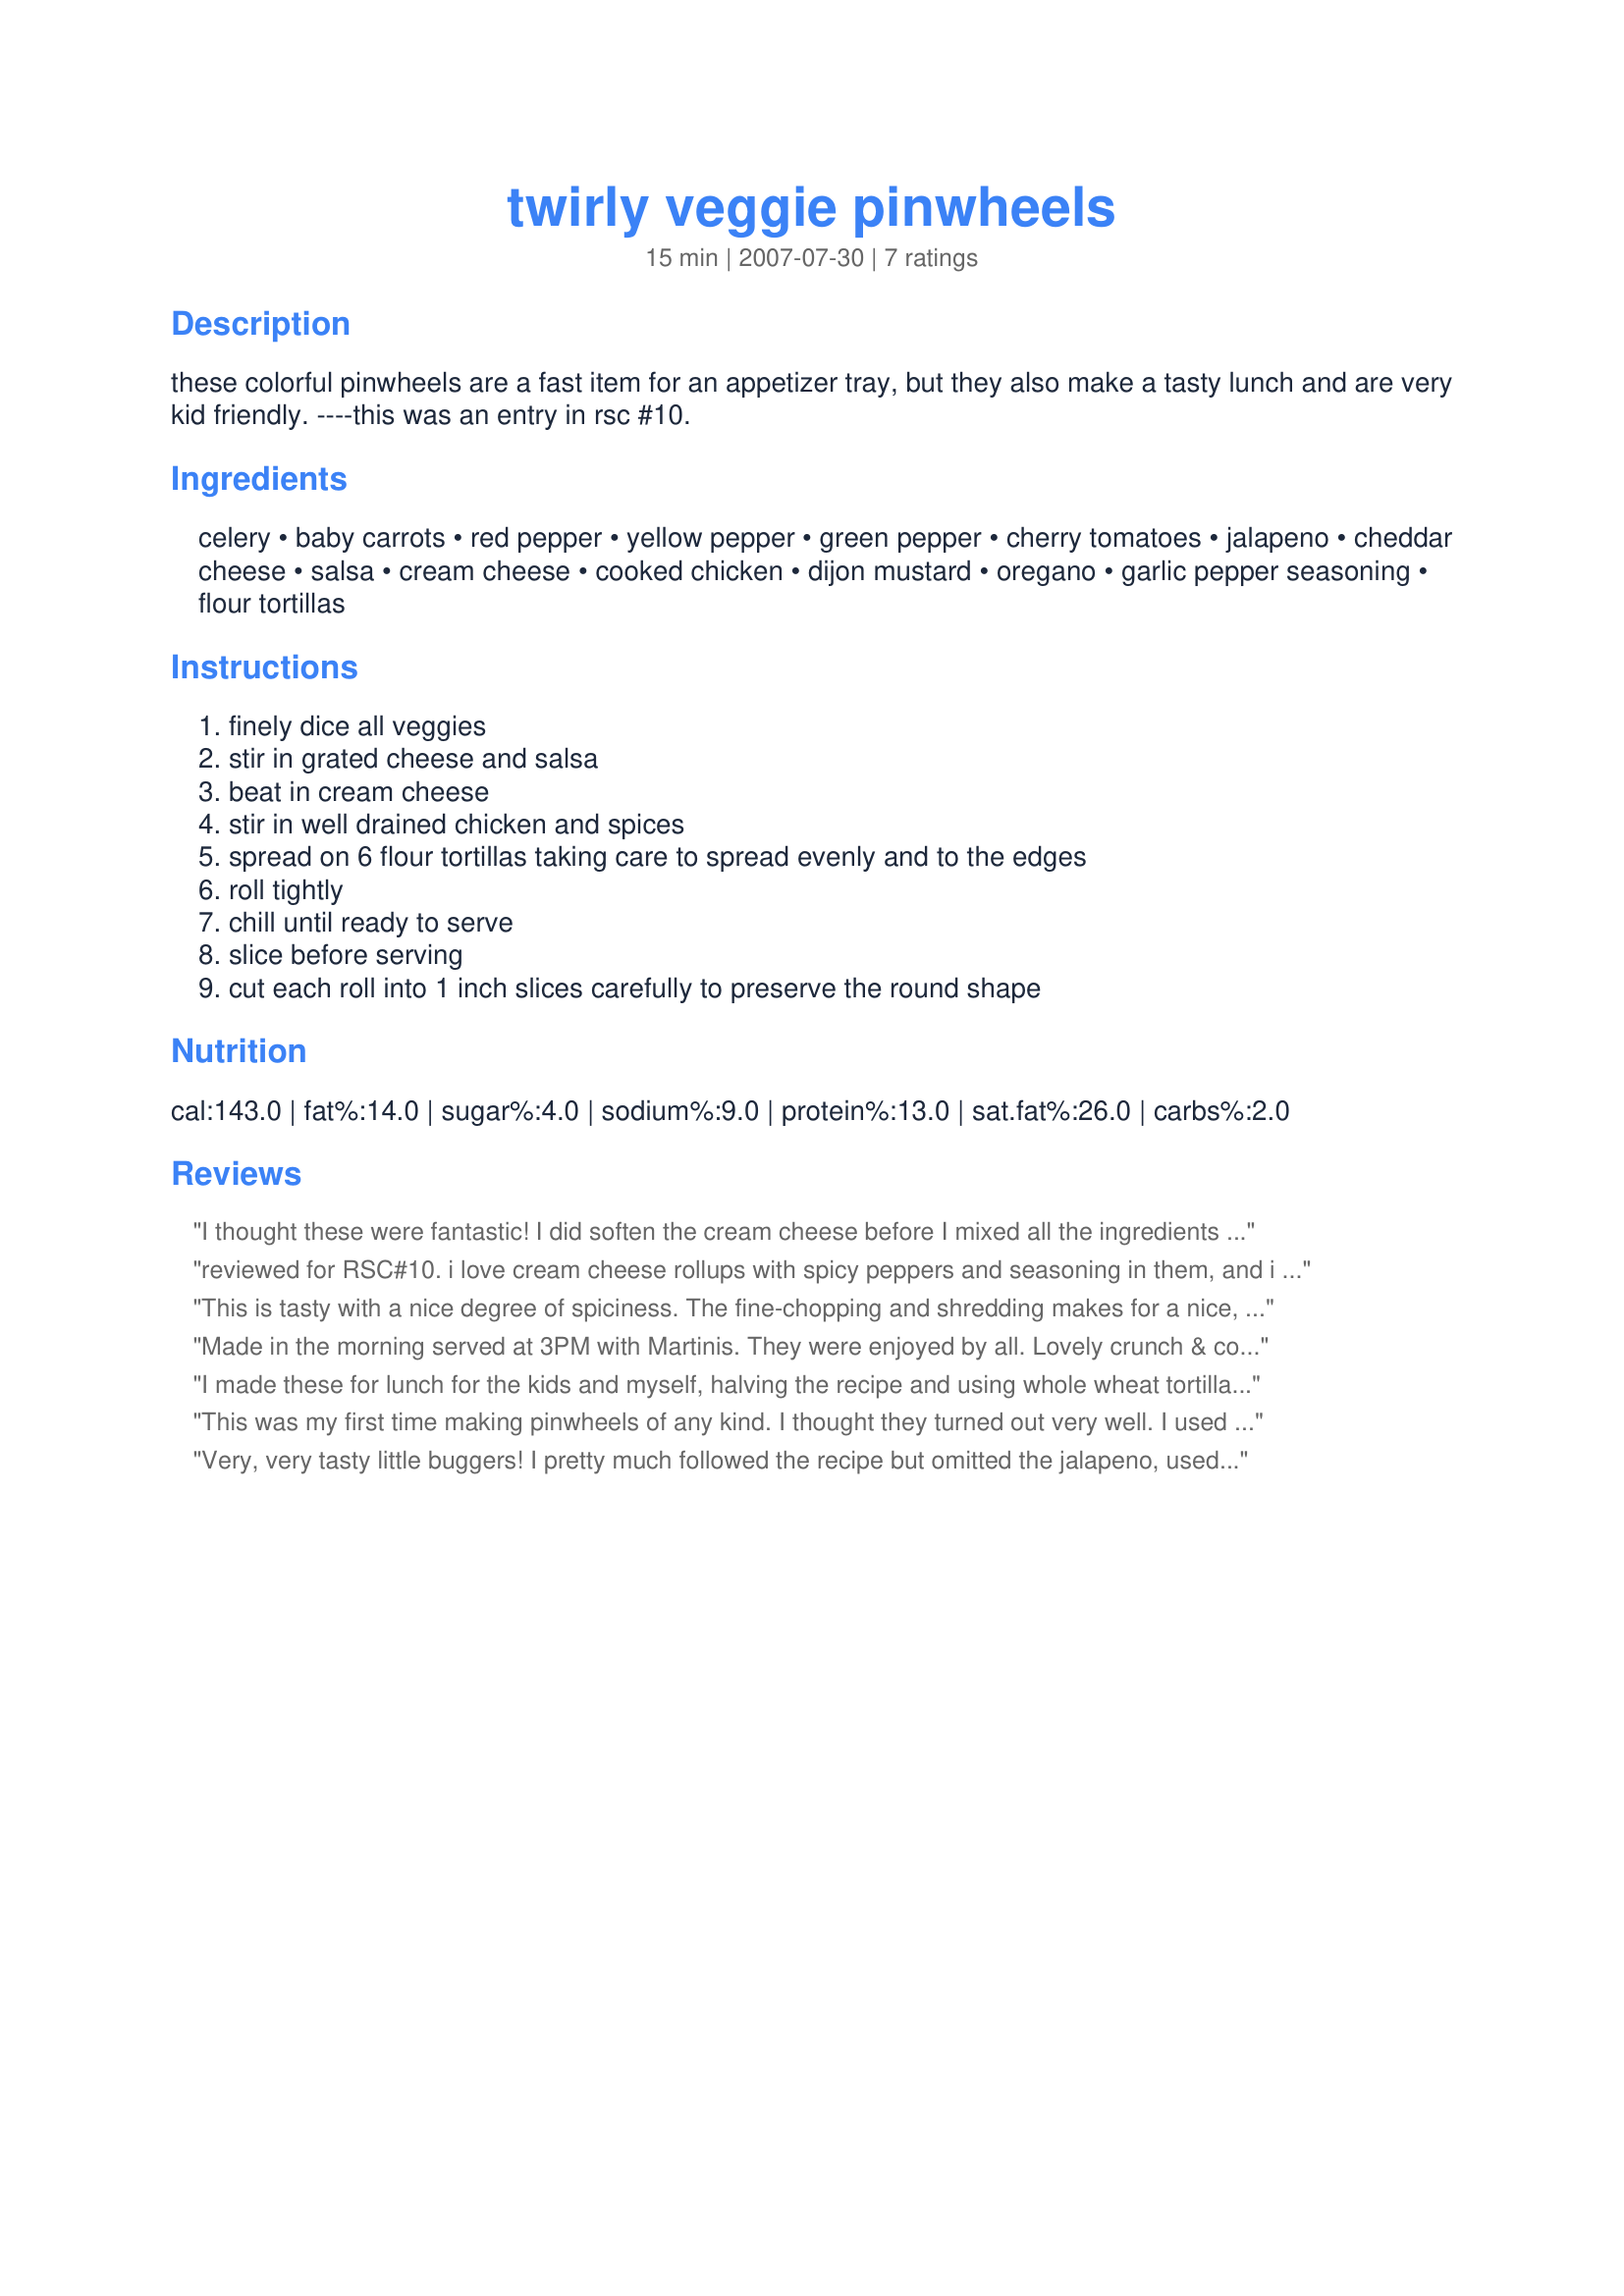
twirly veggie pinwheels
Preparation time: 15 minutes

these colorful pinwheels are a fast item for an appetizer tray, but they also make a tasty lunch and are very kid friendly. ----this was an entry in rsc #10.

Ingredients:
celery, baby carrots, red pepper, yellow pepper, green pepper, cherry tomatoes, jalapeno, cheddar cheese, salsa, cream cheese, cooked chicken, dijon mustard, oregano, garlic pepper seasoning, flour tortillas

Steps:
finely dice all veggies, stir in grated cheese and salsa, beat in cream cheese, stir in well drained chicken and spices, spread on 6 flour tortillas taking care to spread evenly and to the edges, roll tightly, chill until ready to serve, slice before serving, cut each roll into 1 inch slices carefully to preserve the round shape

Reviews:
I thought these were fantastic! I did soften the cream cheese before I mixed all the ingredients together, I found it just easier to do that. If I'd have thought about it, I would of just dumped it all into my kitchen aide mixer and it would have been real easy! I did omit the jalepeno and used a hot salsa since I wasn't sure how my ds would like it. I also didn't used canned cooked chicken since I had roasted a chicken the other day and I still had a chicken breast over that I diced and used that instead. I will make this again for sure, my kids loved it and said it was fantastic and it's a nice change from sandwich's. Thanks for a wonderful tasting treat!
reviewed for RSC#10. i love cream cheese rollups with spicy peppers and seasoning in them, and i thought the addition of chicken would be nice. but this has so many competing flavors that it just doesn't work. the mustard fights with the salsa and jalepeno. the celery makes it taste a bit like a bloody mary, and the cheddar and chicken flavors just disappeared. we tried very hard to rescue this recipe by adding things (more mustard, pickle relish, seasoned salt, smoked paprika, chile powder, garlic salt, curry powder, catsup) and just couldn't fix it. chef, i think a simplified version of this recipe with a much shorter list of ingredients would work and be delicious. i would suggest simplifying back to ONE color of bell pepper since the dish is already colorful enough. i would then make a choice... either remove the carrots, celery and mustard to make it more tex-mex (add cumin and chile powder to the existing oregano), or remove the jalepenos and salsa to make it more of a garden-salad flavor (switch from oregano to tarragon or chives). this made way more filling that i could put on 6 tortillas (8 inch size).
This is tasty with a nice degree of spiciness. The fine-chopping and shredding makes for a nice, chewable texture with a little crunch. However, I had a difficult time mixing firm cream cheese straight from the fridge into the shredded veggies and then getting the mustard and spices evenly distributed in the mix. It would have been better to have mixed softened cream cheese with the salsa and the spices so that it could be smooth and well-mixed then mixing that with the veggies and chicken. Speaking of the chicken, the mix was soft to the point of being squishy and probably would have benefited from doubling or even tripling the amount of chicken.

Additionally, the size of wrap should be specified. I served it as wraps for lunch and got 10, generously-filled, 6 inch wraps from the amount of mix made. BTW â€“ all the lovely colors of the veggies disappeared into a pink mass once the salsa and cream cheese were mixed in. Not a problem for lunch wraps, but maybe not the most visually appealing of appetizers.
Made in the morning served at 3PM with Martinis. They were enjoyed by all. Lovely crunch & colors - great flavor.I used whole wheat tortillas. You may even consider leaving out the chicken I don't think it would be missed. Perhaps substitute with chopped boiled egg. We loved them - Good luck in the RSC#10
I made these for lunch for the kids and myself, halving the recipe and using whole wheat tortillas. I had to omit the celery, which I had forgotten to buy when I went grocery shopping that morning (but we aren't big celery fans anyway...I felt it was fine without it). I liked the flavor, especially the red and yellow bell peppers with the cream cheese, and found that the jalapeno didn't make them too spicy, just added a little more flavor. However, the mixture ended up more runny that I expected and was too much for three tortillas, so it was squeezing out all over. I would recommend omitting the salsa, as the tomatoes, peppers, and jalapenos deliver that same flavor. Also, I couldn't taste the dijon at all, and would probably omit that next time. (Oh, I wasn't sure what garlic pepper seasoning was, so I added a little garlic powder and some freshly ground pepper). Thanks for creating this recipe for the contest!
This was my first time making pinwheels of any kind. I thought they turned out very well. I used 'garden spinach herb' tortillas which added a beautiful green color to them. I think that the chicken could be left out, I didn't feel like it did much for the recipe, and then it would be vegetarian as well. I took them to a potluck and got many compliments. I definately recommend making them ahead and wrapping and chilling them, it makes them much easier to slice and gives it time for the flavors to blend. Thanks!
Very, very tasty little buggers! I pretty much followed the recipe but omitted the jalapeno, used a mild salsa, & 1 1/2 cups of diced chicken breast I had in the freezer! Also used honey Dijon mustard & a sharp cheddar cheese! Made & in the frig for a group I host tomorrow evening, but I've managed a taste-test, & these will be VERY FAVORABLY received, I know!! Thanks for the recipe! [Made & reviewed for one of my adopted chefs in this Spring's PAC]
